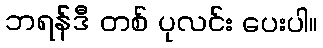
ဘရန်ဒီ တစ် ပုလင်း ပေးပါ။